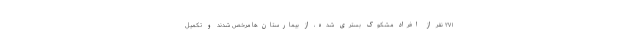
۲۷۱ نفر از افراد مشکوک بستری شده، از بیمارستان‌ها مرخص شدند و تکمیل